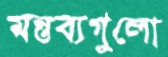
মন্তব্যগুলো